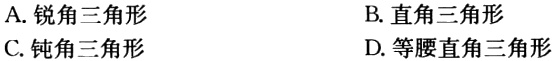
A. 锐角三角形
B. 直角三角形
C. 钝角三角形
D. 等腰直角三角形